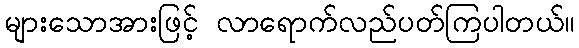
များသောအားဖြင့် လာရောက်လည်ပတ်ကြပါတယ်။